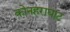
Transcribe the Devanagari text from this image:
कोनहराघाट